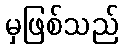
မှဖြစ်သည်